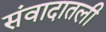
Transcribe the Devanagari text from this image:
संवादातली